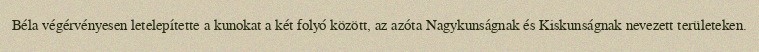
Béla végérvényesen letelepítette a kunokat a két folyó között, az azóta Nagykunságnak és Kiskunságnak nevezett területeken.